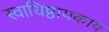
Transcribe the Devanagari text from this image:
स्वाधिष्ठायकाय